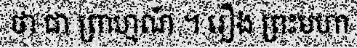
ថា ជា ព្រាហ្មណ៍ ។ រឿង ព្រះមហា